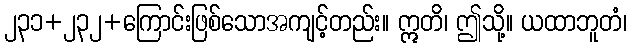
၂၃၁+၂၃၂+ကြောင်းဖြစ်သောအကျင့်တည်း။ ဣတိ၊ ဤသို့။ ယထာဘူတံ၊